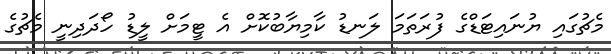
މެޗުގައި ޔުނައިޓަޑްގެ ފުރަތަމަ ލަނޑު ކާމިޔާބުކޮށް އެ ޓީމަށް ލީޑު ހޯދަދިނީ މެޗުގެ